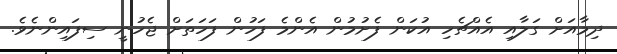
ދިމާއަށް ގަލާއި އެއްޗެހި އުކަން ފެށުމުން އެންމެ ފަހުން ފަހަތަށް ޖެހުނީ ސިފައިންނެވެ.